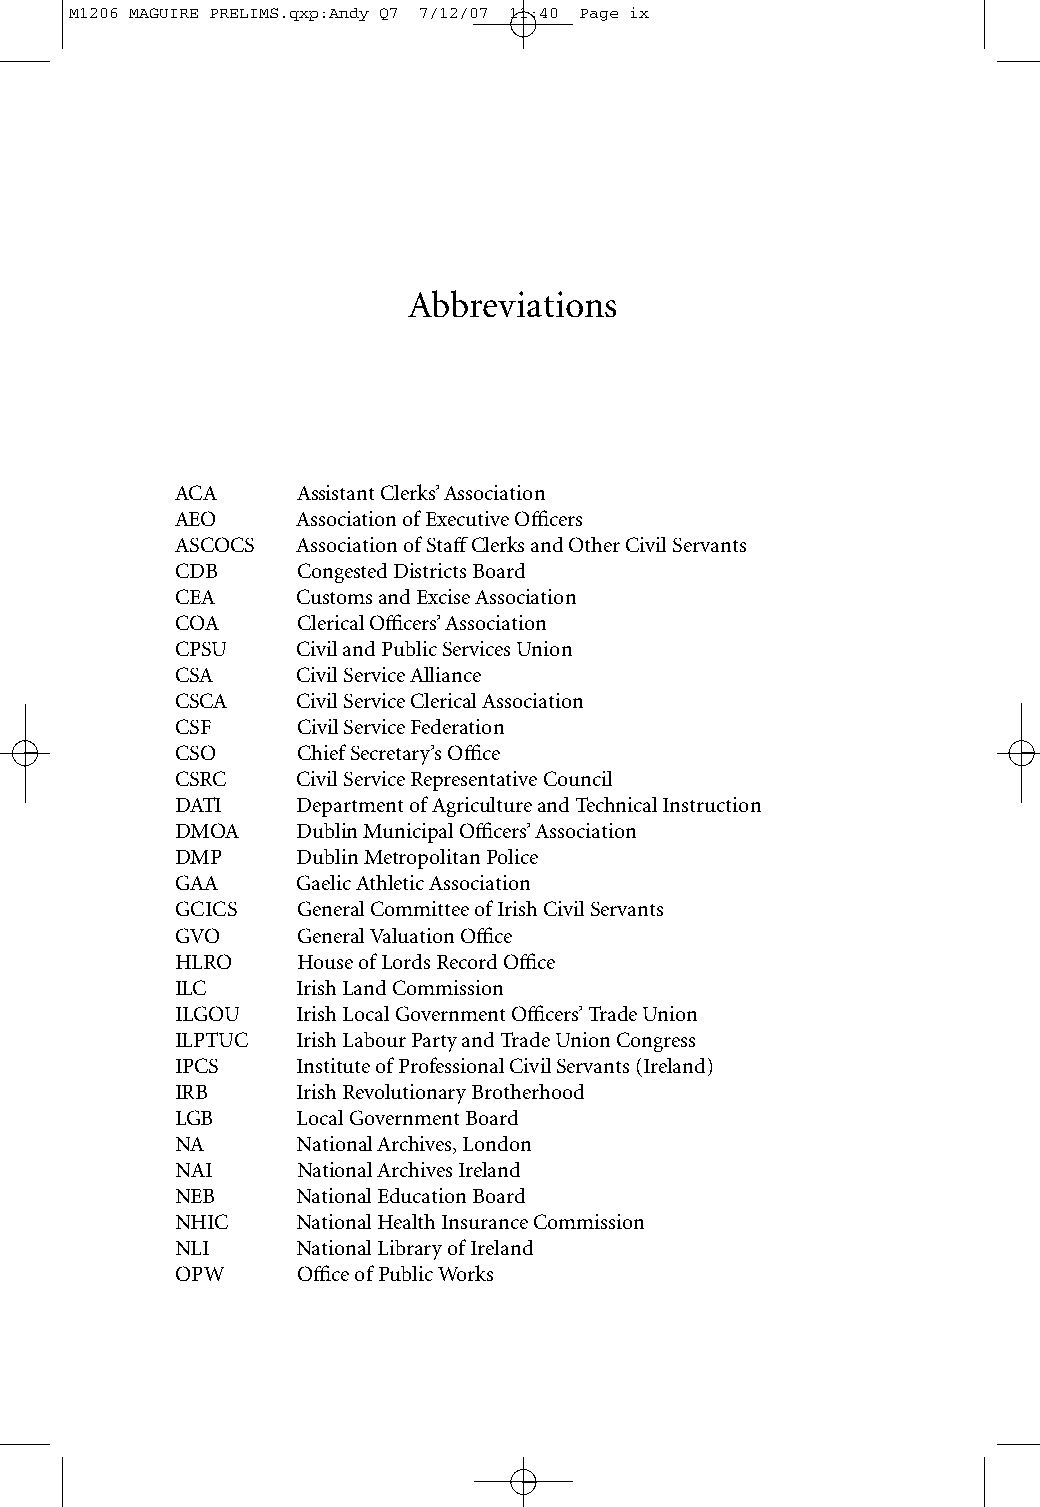
M1206 MAGUIRE PRELIMS.qxp:Andy Q7 7/12/07 11:40 Page ix
 Abbreviations
 ACA     Assistant Clerks’ Association
 AEO     Association of Executive Officers
 ASCOCS  Association of StaffClerks and Other Civil Servants
 CDB     Congested Districts Board
 CEA     Customs and Excise Association
 COA     Clerical Officers’ Association
 CPSU    Civil and Public Services Union
 CSA     Civil Service Alliance
 CSCA    Civil Service Clerical Association
 CSF     Civil Service Federation
 CSO     Chief Secretary’s Office
 CSRC    Civil Service Representative Council
 DATI    Department of Agriculture and Technical Instruction
 DMOA    Dublin Municipal Officers’ Association
 DMP     Dublin Metropolitan Police
 GAA     Gaelic Athletic Association
 GCICS   General Committee of Irish Civil Servants
 GVO     General Valuation Office
 HLRO    House of Lords Record Office
 ILC     Irish Land Commission
 ILGOU   Irish Local Government Officers’ Trade Union
 ILPTUC  Irish Labour Party and Trade Union Congress
 IPCS    Institute of Professional Civil Servants (Ireland)
 IRB     Irish Revolutionary Brotherhood
 LGB     Local Government Board
 NA      National Archives, London
 NAI     National Archives Ireland
 NEB     National Education Board
 NHIC    National Health Insurance Commission
 NLI     National Library of Ireland
 OPW     Office of Public Works